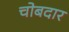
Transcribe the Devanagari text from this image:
चोबदार